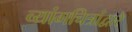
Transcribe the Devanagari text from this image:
व्यांगचित्रांद्वारे